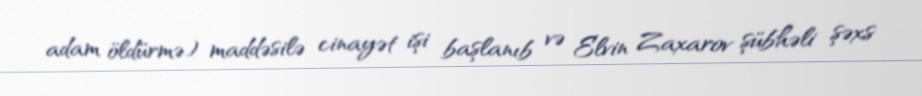
adam öldürmə) maddəsilə cinayət işi başlanıb və Elvin Zaxarov şübhəli şəxs